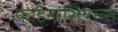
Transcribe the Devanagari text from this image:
फाइनांसियल्स